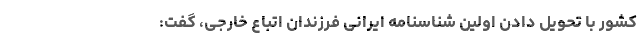
کشور با تحویل دادن اولین شناسنامه ایرانی فرزندان اتباع خارجی، گفت: